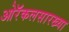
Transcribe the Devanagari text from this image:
ओरॅकलसारख्या